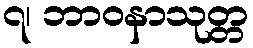
၇၊ ဘာဝနာသုတ္တ